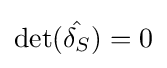
\det({\hat {\delta _{S}}})=0